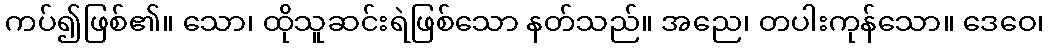
ကပ်၍ဖြစ်၏။ သော၊ ထိုသူဆင်းရဲဖြစ်သော နတ်သည်။ အညေ၊ တပါးကုန်သော။ ဒေဝေ၊